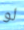
لو